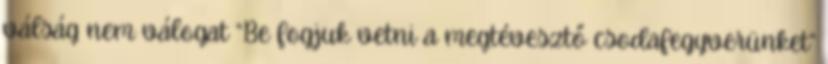
válság nem válogat “Be fogjuk vetni a megtévesztő csodafegyverünket”